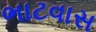
ભાટવાસ